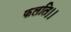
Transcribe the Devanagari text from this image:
फलति।।